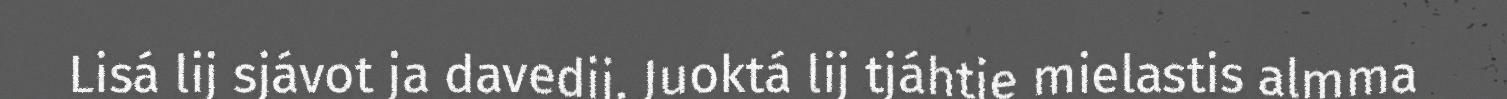
Lisá lij sjávot ja davedij. Juoktá lij tjáhtje mielastis almma